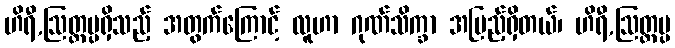
ဟိရီ,ဩတ္တပ္ပရှိသည့် အတွက်ကြောင့် လူဟာ ဂုဏ်သိက္ခာ အပြည့်ရှိတယ်၊ ဟိရီ,ဩတ္တပ္ပ